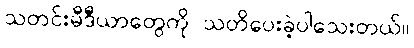
သတင်းမီဒီယာတွေကို သတိပေးခဲ့ပါသေးတယ်။